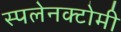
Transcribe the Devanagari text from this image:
स्पलेनक्टोमी